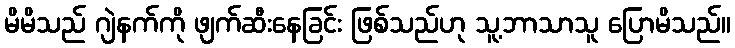
မိမိသည် ဂျဲနက်ကို ဖျက်ဆီးနေခြင်း ဖြစ်သည်ဟု သူ့ဘာသာသူ ပြောမိသည်။